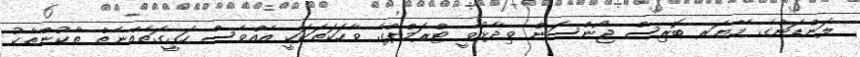
ލަންޑަންގެ މޭޔަރ ބޮރިސް ޖޯންސަން ވިދާޅުވީ ޓްރަމްޕްގެ ވާހަކަތަކަކީ އެއްވެސް ހަގީގަތެއްނެތް ތާކުންތާކު